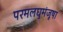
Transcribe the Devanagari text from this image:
परमलघुमंजूषा